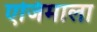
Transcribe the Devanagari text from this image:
एजिमाला